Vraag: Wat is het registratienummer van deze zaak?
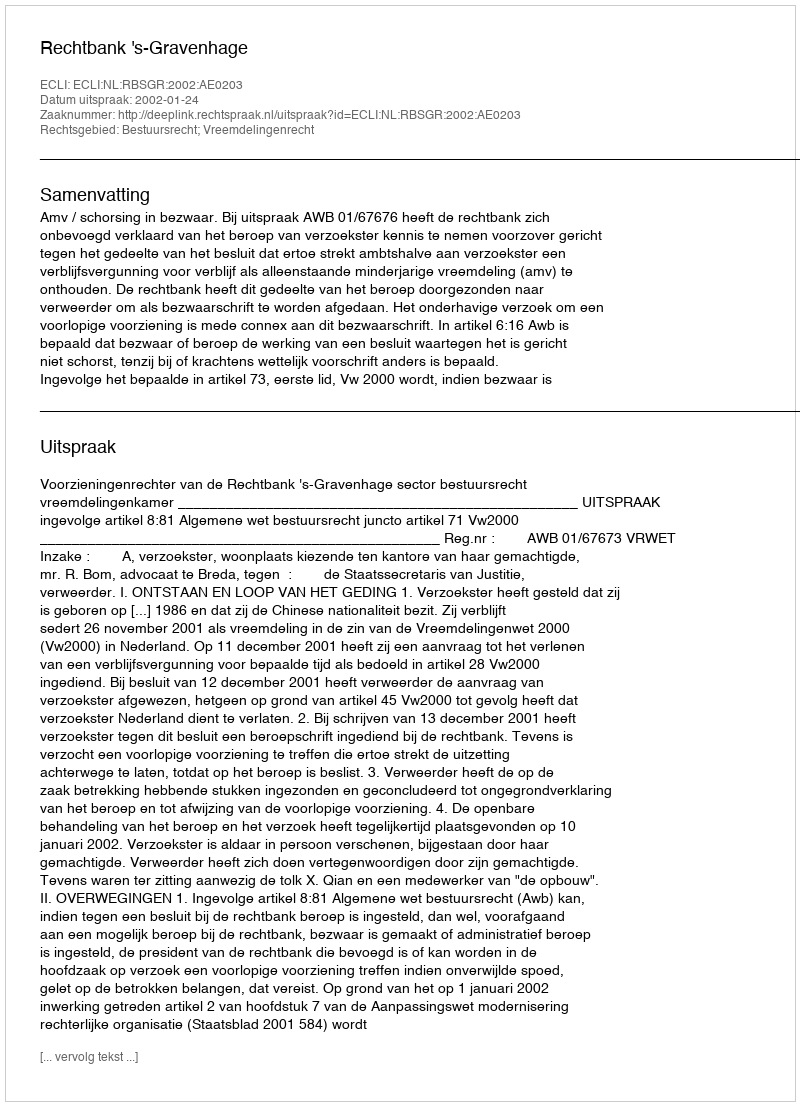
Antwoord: http://deeplink.rechtspraak.nl/uitspraak?id=ECLI:NL:RBSGR:2002:AE0203